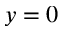
y = 0